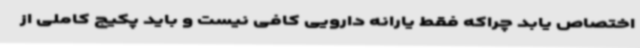
اختصاص یابد چراکه فقط یارانه دارویی کافی نیست و باید پکیج کاملی از